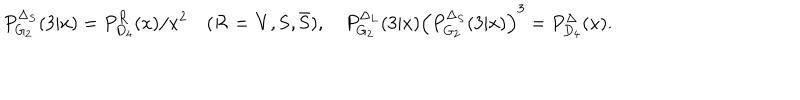
P _ { G _ { 2 } } ^ { \Delta _ { S } } ( 3 | x ) = P _ { D _ { 4 } } ^ { { \cal R } } ( x ) / x ^ { 2 } \quad ( { \cal R } = { \bf V } , { \bf S } , { \bf \bar { S } } ) , \quad P _ { G _ { 2 } } ^ { \Delta _ { L } } ( 3 | x ) \left( P _ { G _ { 2 } } ^ { \Delta _ { S } } ( 3 | x ) \right) ^ { 3 } = P _ { D _ { 4 } } ^ { \Delta } ( x ) .